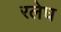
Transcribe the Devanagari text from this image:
रलेघ